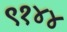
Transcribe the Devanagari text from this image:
९१४४